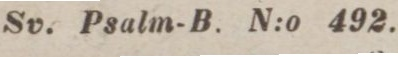
Sv. Psalm-B. N:o 492.